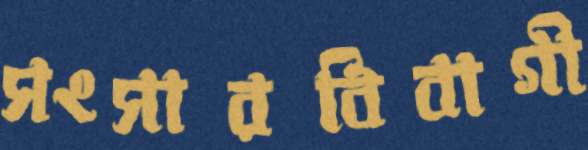
সংসারবিবাগী